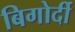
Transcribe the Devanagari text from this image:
बिगोर्दी